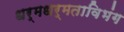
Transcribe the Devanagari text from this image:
धर्मधर्मताविभंग